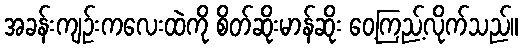
အခန်းကျဉ်းကလေးထဲကို စိတ်ဆိုးမာန်ဆိုး ဝေ့ကြည့်လိုက်သည်။